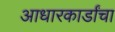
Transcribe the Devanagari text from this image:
आधारकार्डांचा